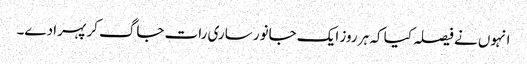
انہوں نے فیصلہ کیا کہ ہر روز ایک جانور ساری رات جاگ کر پہرا دے۔